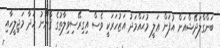
ބަންގްލަދޭޝްއަށް އުފަން ޢަލީ މުޙައްމަދު އަޒުހަރަކީ ވެސް އިގިރޭސިވިލާތުގެ ޤާނޫނު ހަދާ މަޖިލީހާއި